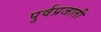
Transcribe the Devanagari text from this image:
पुर्वप्रजाती